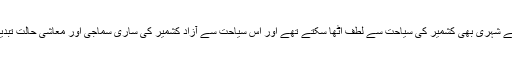
پاکستان کے اپنے شہری بھی کشمیر کی سیاحت سے لطف اٹھا سکتے تھے اور اس سیاحت سے آزاد کشمیر کی ساری سماجی اور معاشی حالت تبدیل ہوسکتی تھی۔